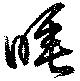
睡